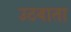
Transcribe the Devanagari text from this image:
उठवाता